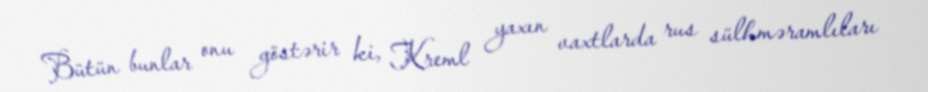
Bütün bunlar onu göstərir ki, Kreml yaxın vaxtlarda rus sülhməramlıları